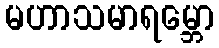
မဟာသမာရမ္ဘော